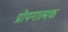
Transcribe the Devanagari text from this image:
प्रोयगात्मक